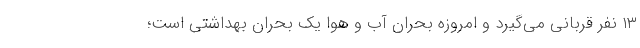
۱۳ نفر قربانی می‌گیرد و امروزه بحران آب و هوا یک بحران بهداشتی است؛